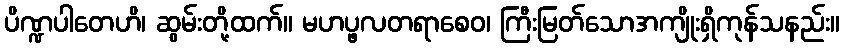
ပိဏ္ဍပါတေဟိ၊ ဆွမ်းတို့ထက်။ မဟပ္ဖလတရာစေဝ၊ ကြီးမြတ်သောအကျိုးရှိကုန်သနည်း။